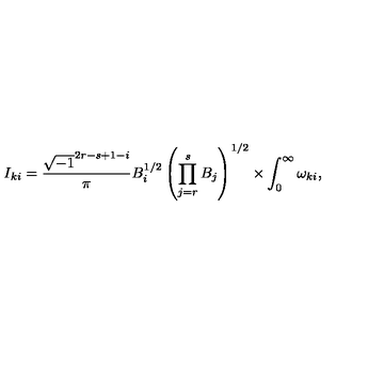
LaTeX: I _ { k i } = \frac { \sqrt { - 1 } ^ { 2 r - s + 1 - i } } { \pi } B _ { i } ^ { 1 / 2 } \left( \prod _ { j = r } ^ { s } B _ { j } \right) ^ { 1 / 2 } \times \int _ { 0 } ^ { \infty } \omega _ { k i } ,